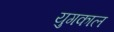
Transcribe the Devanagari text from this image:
युगकाल